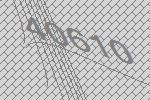
40610